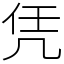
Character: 凭